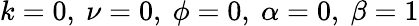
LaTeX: k=0,~\nu=0,~\phi=0,~\alpha=0,~\beta=1